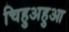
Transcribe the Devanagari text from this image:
चिहुअहुआ